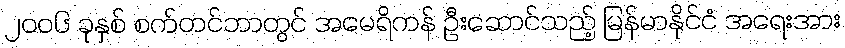
၂၀၀၆ ခုနှစ် စက်တင်ဘာတွင် အမေရိကန် ဦးဆောင်သည့် မြန်မာနိုင်ငံ အရေးအား